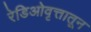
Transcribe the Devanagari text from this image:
रेडिओवृत्तातून